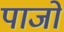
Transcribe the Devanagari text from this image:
पाजो